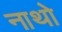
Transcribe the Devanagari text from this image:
नाथो